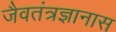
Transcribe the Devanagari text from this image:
जैवतंत्रज्ञानास